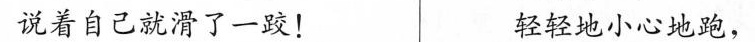
说着自己就滑了一跤！ 轻轻地小心地跑，